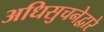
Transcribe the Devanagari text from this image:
अधिसुचनेद्वारे